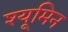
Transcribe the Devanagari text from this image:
श्यूमिन